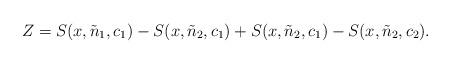
LaTeX: \begin{align*}Z= S(x,\tilde{n}_{1},c_{1})-S(x,\tilde{n}_{2},c_{1}) + S(x,\tilde{n}_{2},c_{1})-S(x,\tilde{n}_{2},c_{2}).\end{align*}